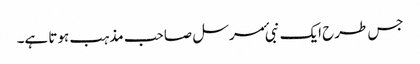
جس طرح ایک نبی ٔمرسل صاحب مذہب ہوتا ہے۔